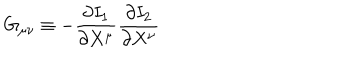
LaTeX: G _ { \mu \nu } \equiv - \frac { \partial I _ { 1 } } { \partial X ^ { \mu } } \frac { \partial I _ { 2 } } { \partial X ^ { \nu } }